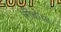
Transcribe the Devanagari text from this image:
लीवोरस